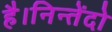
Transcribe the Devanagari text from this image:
है।निन्तेंदो